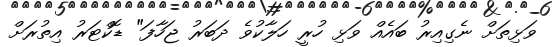
ވަޅިތަށް ނެގިއިރު ބައެއް ވަޅި ހުރީ ހަލާކުވެ ދަބަރު ޖަހާފަ" ޑޮކްޓަރު އިތުރަށް